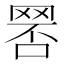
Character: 𦋑